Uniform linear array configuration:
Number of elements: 24
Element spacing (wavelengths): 0.75
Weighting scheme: binomial
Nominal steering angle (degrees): -30
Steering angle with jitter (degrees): -28.763
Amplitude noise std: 0.05
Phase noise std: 0.05

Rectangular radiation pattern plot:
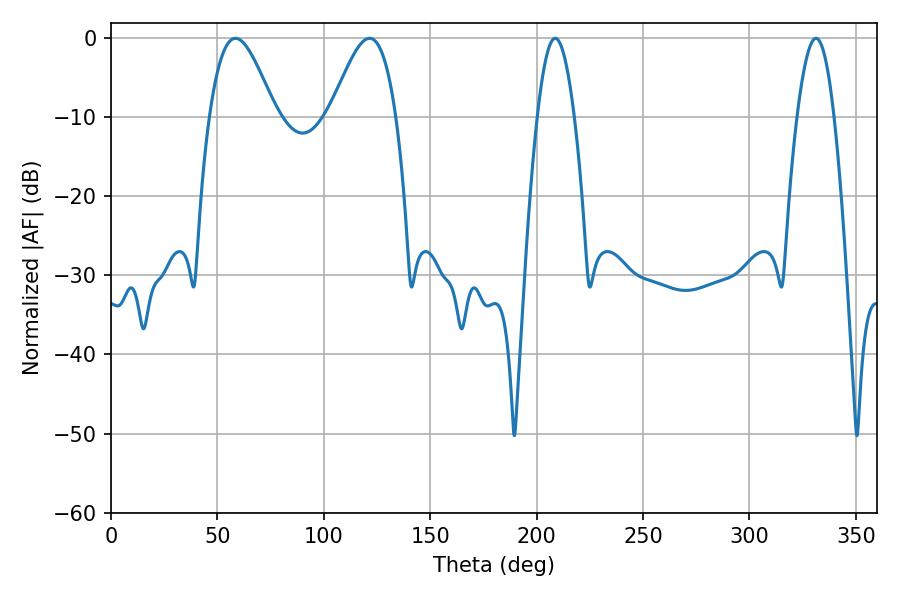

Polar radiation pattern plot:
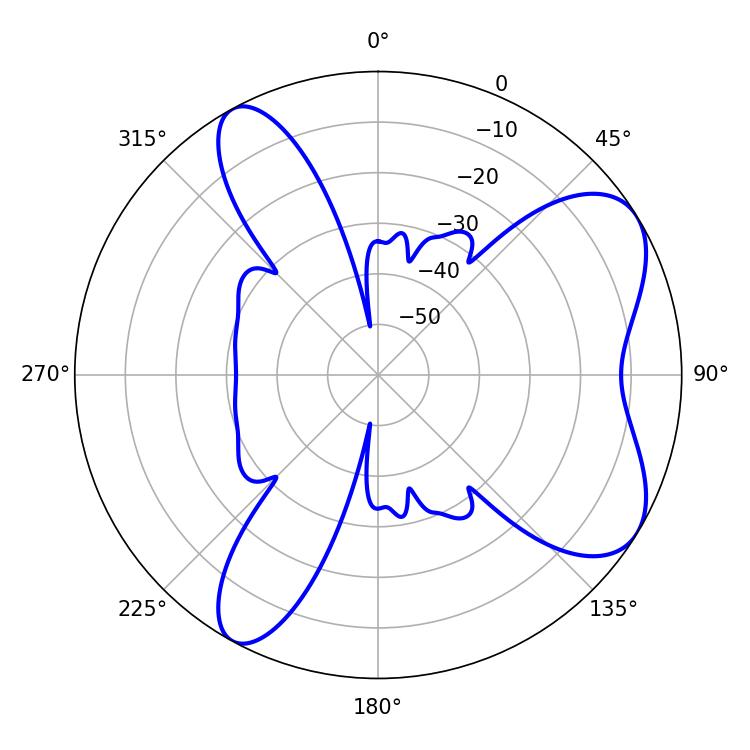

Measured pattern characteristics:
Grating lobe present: TRUE
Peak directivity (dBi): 7.012
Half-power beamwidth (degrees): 16.56
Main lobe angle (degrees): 121.5